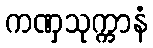
ကဏှသုက္ကာနံ